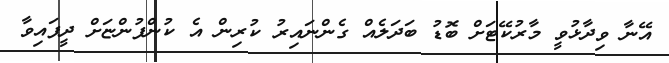
އޭނާ ވިދާޅުވީ މާރުކޭޓަށް ބޮޑު ބަދަލެއް ގެންނައިރު ކުރިން އެ ކުންފުންޏަށް ދީފައިވާ